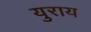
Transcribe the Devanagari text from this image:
युराय